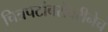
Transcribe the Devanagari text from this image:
चित्रपटांबरोबरीनेच